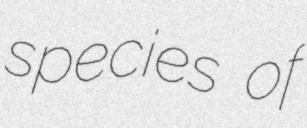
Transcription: species of